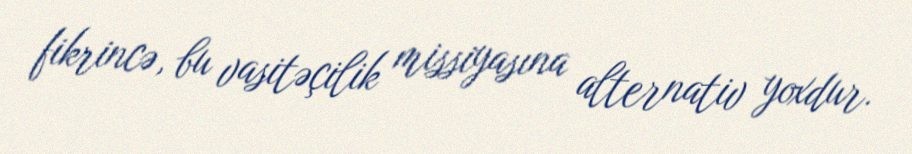
fikrincə, bu vasitəçilik missiyasına alternativ yoxdur.